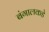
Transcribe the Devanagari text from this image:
बंगालकडे